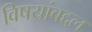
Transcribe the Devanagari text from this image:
विषयांबद्दल